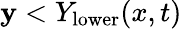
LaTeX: \mathbf{y}<Y_{\mathrm{{lower}}}(x,t)